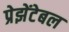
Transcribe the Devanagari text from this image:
प्रेझेंटेबल